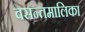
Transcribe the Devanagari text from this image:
वसन्तमालिका